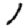
Digit: 1